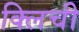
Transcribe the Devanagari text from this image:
क्लिची